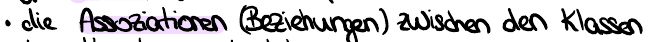
die Assoziationen (Beziehungen) zwischen den Klassen